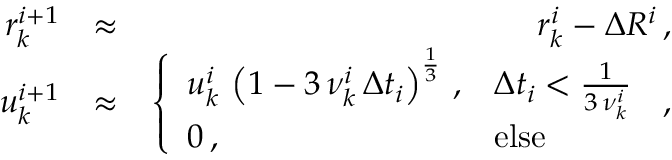
\begin{array} { r l r } { r _ { k } ^ { i + 1 } } & { \approx } & { r _ { k } ^ { i } - \Delta R ^ { i } \, , } \\ { u _ { k } ^ { i + 1 } } & { \approx } & { \left\{ \begin{array} { l l } { u _ { k } ^ { i } \, \left( 1 - 3 \, \nu _ { k } ^ { i } \, \Delta t _ { i } \right) ^ { \frac { 1 } { 3 } } \, , } & { \Delta t _ { i } < \frac { 1 } { 3 \, \nu _ { k } ^ { i } } } \\ { 0 \, , } & { \mathrm { e l s e } } \end{array} \right. \, , } \end{array}